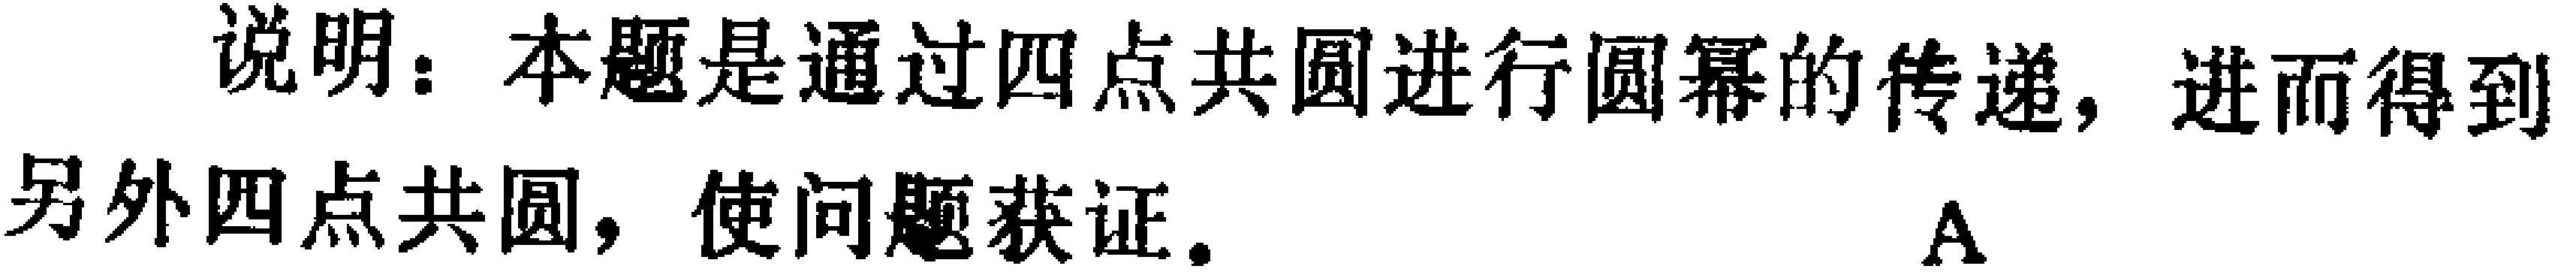
说明：本题是通过四点共圆进行圆幂的传递，进而得到另外四点共圆，使问题获证. \(\text{A}\)